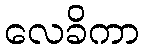
လေခိကာ